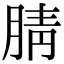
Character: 腈